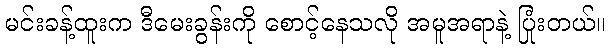
မင်းခန့်ထူးက ဒီမေးခွန်းကို စောင့်နေသလို အမူအရာနဲ့ ပြုံးတယ်။